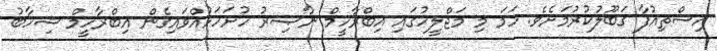
އިސްތިއުފާ ޤަބޫލުކުރުމަށެވެ. ހަމަ މި މަޖްލީހުގައި އިބްރާހީމް ނާޞިރު ހުށަހަޅުއްވައިގެން އިބްރާހީމް ޝިހާބު